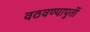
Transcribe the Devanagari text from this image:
वठवण्यापुर्ती